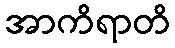
အာကိရာတိ